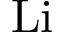
\mathrm { L i }